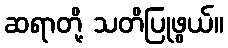
ဆရာတို့ သတိပြုဖွယ်။